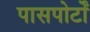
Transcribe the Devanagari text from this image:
पासपोर्टों